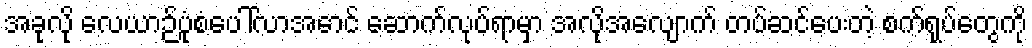
အခုလို လေယာဉ်ပုံစံပေါ်လာအောင် ဆောက်လုပ်ရာမှာ အလိုအလျောက် တပ်ဆင်ပေးတဲ့ စက်ရုပ်တွေကို